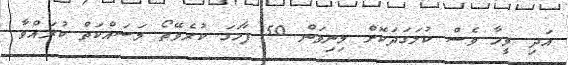
އަދި ވީހާ ވެސް ކުލަގަދަކޮށް މިނިވަން 50 ފާހަގަ ކުރެވޭތޯ މަސައްކަތް ކުރައްވާ